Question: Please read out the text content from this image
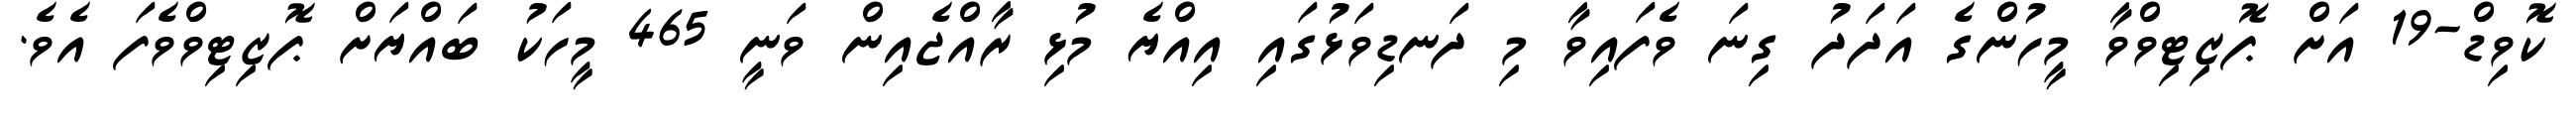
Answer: ކޮވިޑް-19 އަށް ޕޮޒިޓިވްވާ މީހުންގެ އަދަދު ގިނަ ވެފައިވާ މި ދަނޑިވަޅުގައި އިއްޔެ މުޅި ރާއްޖެއިން ވަނީ 465 މީހަކު ބައްޔަށް ޕޮޒިޓިވްވެފަ އެވެ.